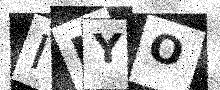
Text: IKYO